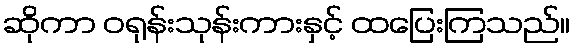
ဆိုကာ ဝရုန်းသုန်းကားနှင့် ထပြေးကြသည်။